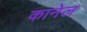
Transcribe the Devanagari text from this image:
कानेल